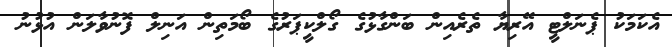
އެކަމަކު ޕެނަލްޓީ އޭރިޔާ ތެރެއިން ބަންގާޅުގެ ގޯލްކީޕަރުގެ ބޯމަތިން އަނިލް ފޮނުވާލަން އުޅުނު